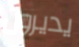
يديرون